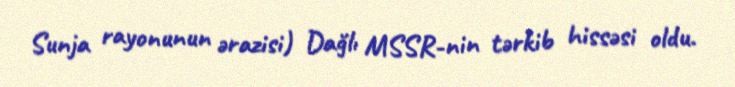
Sunja rayonunun ərazisi) Dağlı MSSR-nin tərkib hissəsi oldu.